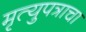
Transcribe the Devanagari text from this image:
मृत्युपत्राचा